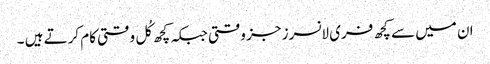
ان میں سے کچھ فری لانسرز جز وقتی جبکہ کچھ کُل وقتی کام کرتے ہیں ۔